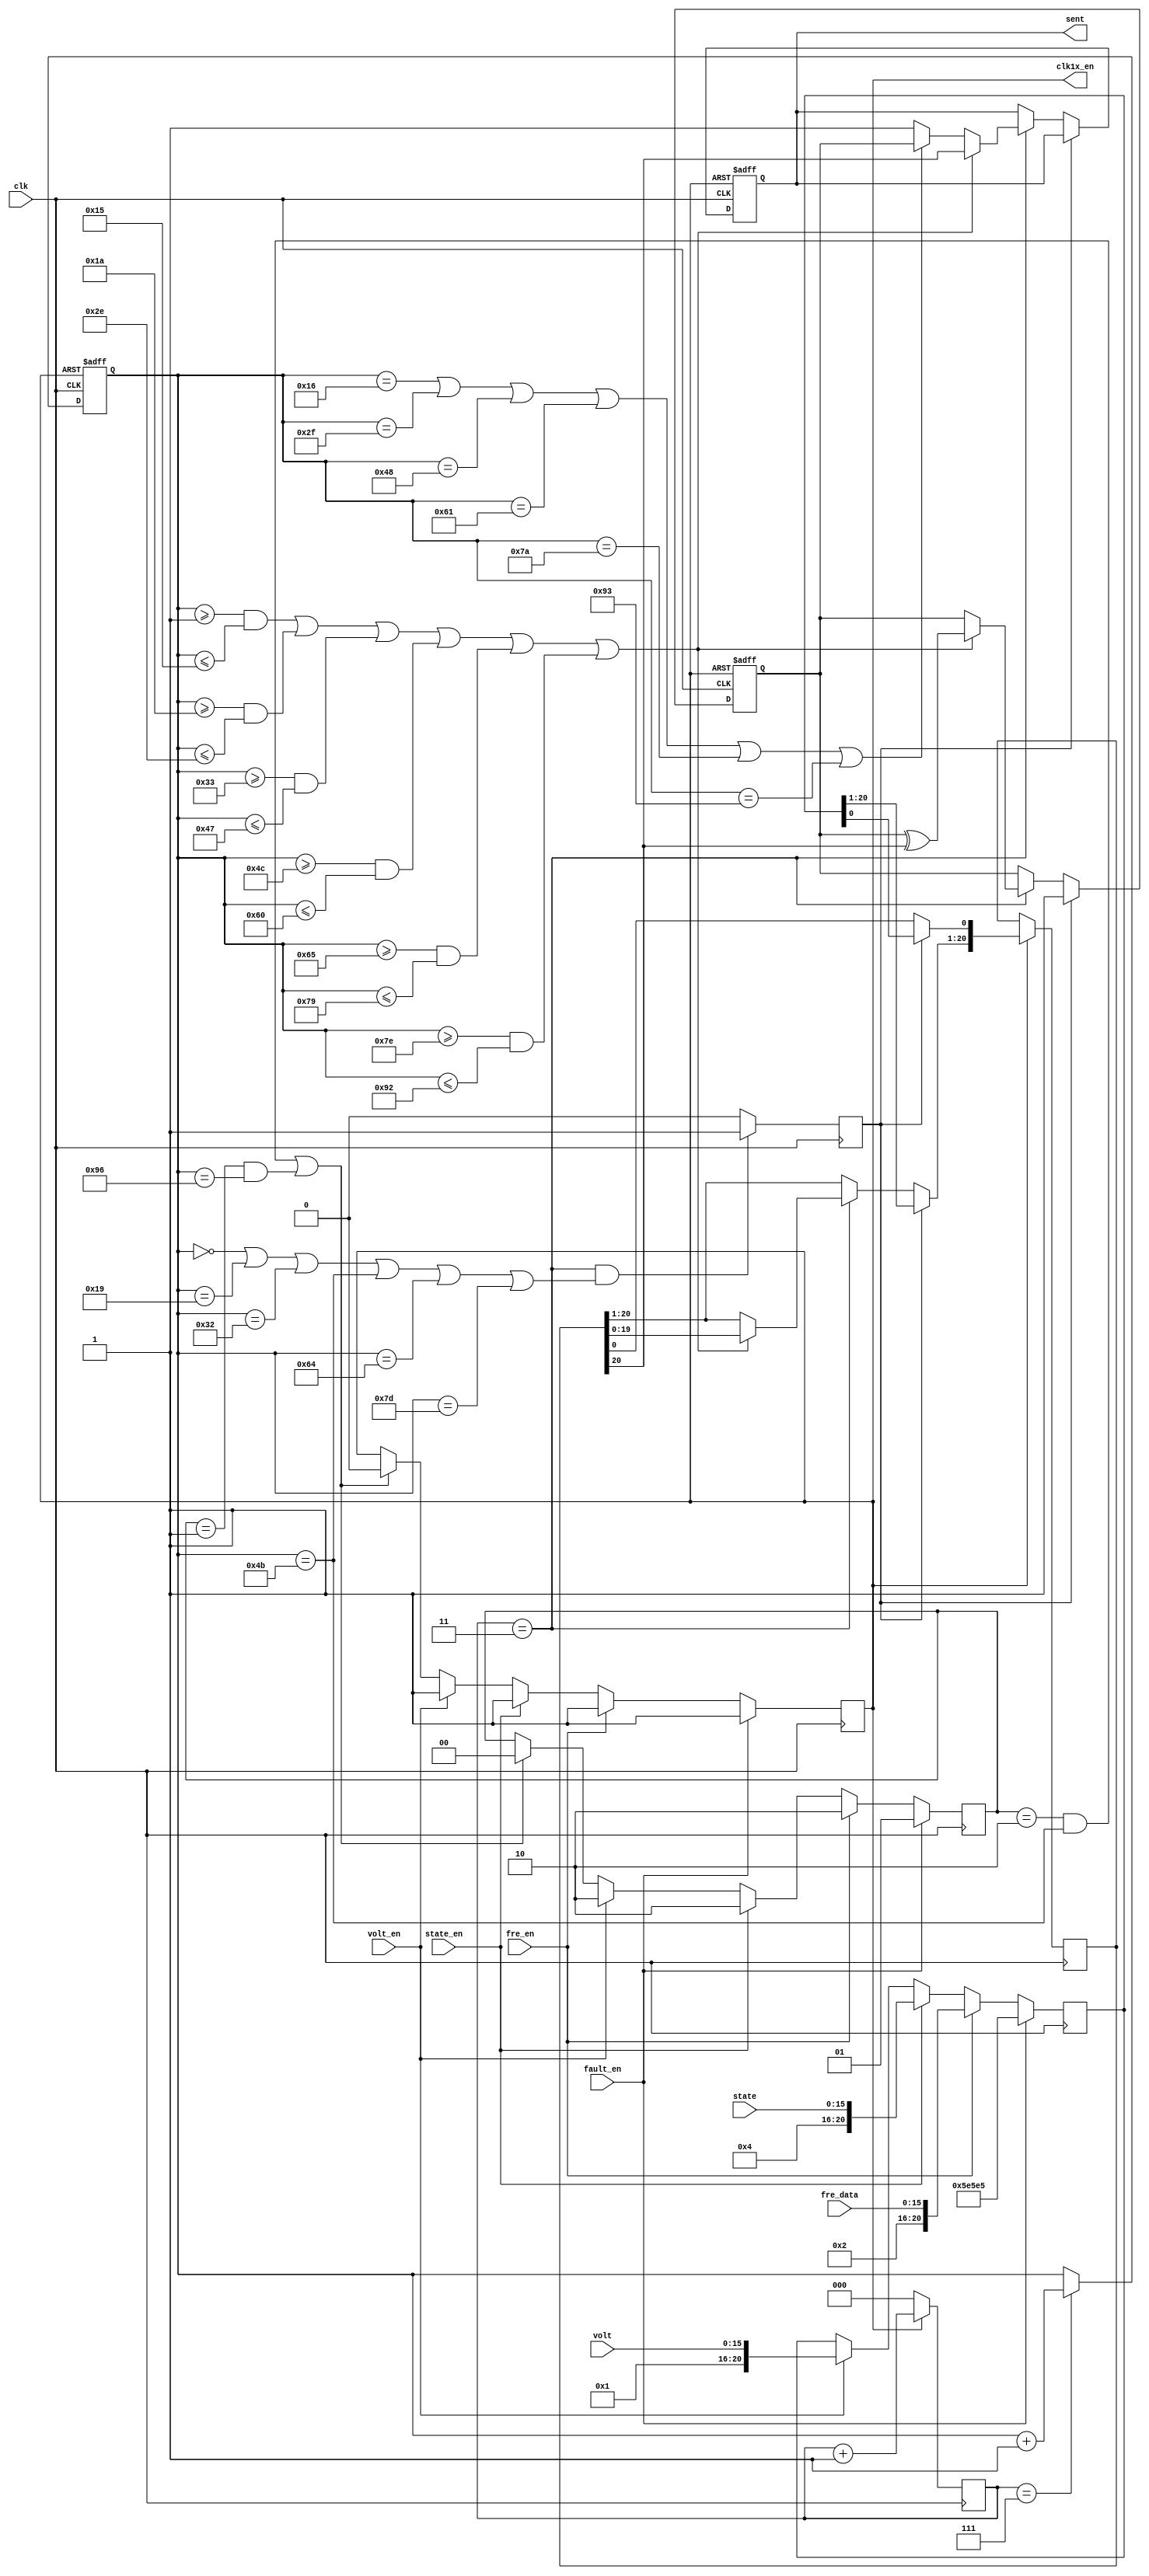
/*====================================================================
rcvr.v

2009-08-12  1.0

====================================================================*/
module send(clk, fault_en, fre_en, volt_en, state_en,
			fre_data, volt, state, clk1x_en, sent);
    
    input	clk;
    input	fault_en, fre_en, volt_en, state_en;
    input	[15:0]fre_data, volt, state;
    
    output	clk1x_en;
    output	sent;
    
    reg		clk1x_en;
    reg		sent;
    
    reg		[7:0]no_bits_sent;
    reg		[1:0]cs;
    reg		[2:0]clk_div;
    reg		[20:0]rsr;
    reg		parity;
    reg		[20:0]tsr;
    reg		en;
    
    initial
    begin
	clk1x_en = 1'b0;
	sent = 1'b1;
	no_bits_sent = 8'b0;
	cs = 2'b0;
	clk_div = 3'b0;
	rsr = 21'b0;
	parity = 1'b1;
	tsr = 21'b0;
	en = 1'b0;
	end
    
/*------------------------------clk-----------------------------------*/
    always@(posedge clk)
    begin
    if(!clk1x_en)
        clk_div = 3'b0;
    else
        clk_div = clk_div + 1'b1;
    end
    
/*-------------------------------------------------------*/
    always@(posedge clk)
    begin
    if(fault_en)
        begin
        cs = 2'b01;
        clk1x_en = 1'b1;
        rsr <= {5'b00101, 3'b111, 5'b00101, 3'b111, 5'b00101};
        end
    else if(fre_en)
		begin
		cs <= 2'b10;
		clk1x_en <= 1'b1;
		rsr <= {5'b00010, fre_data};
		end
    else if(state_en)
        begin
        cs <= 2'b10;
        clk1x_en <= 1'b1;
        rsr <= {5'b00100, state};
        end
    else if(volt_en)
        begin
        cs <= 2'b10;
        clk1x_en <= 1'b1;
        rsr <= {5'b00001, volt};
        end
    else if((cs == 2'b10 && no_bits_sent == 8'd75)||(cs == 2'b01 && no_bits_sent == 8'd150))
        begin
        cs <= 2'b0;
        clk1x_en <= 1'b0;
        end
    end

    always@(posedge clk)
    begin
    if(clk_div == 3'b011 && (no_bits_sent == 8'b0 || no_bits_sent == 8'd25 ||
		no_bits_sent == 8'd50 || no_bits_sent == 8'd75 || no_bits_sent == 8'd100 ||
		no_bits_sent == 8'd125))
        en <= 1'b1;
    else
        en <= 1'b0;
    end
/*------------------------------------------------*/
    always@(posedge clk or negedge clk1x_en)
    begin
    if(!clk1x_en)
        no_bits_sent <= 8'b0;
    else if(clk_div == 3'b111)
        no_bits_sent <= no_bits_sent + 1'b1;
    end
    
/*-------------------------------------------------*/
    always@(posedge clk or negedge clk1x_en)
    begin
    if(!clk1x_en)
        begin
        parity <= 1'b1;
        sent <= 1'b1;
        end
    else if(en)
        begin
        tsr <= rsr;
        parity <= 1'b1;
        end
    else if(clk_div == 3'b011)
        begin
        if((no_bits_sent >= 8'd1 && no_bits_sent <= 8'd21) ||
			(no_bits_sent >= 8'd26 && no_bits_sent <= 8'd46) ||
			(no_bits_sent >= 8'd51 && no_bits_sent <= 8'd71) ||
			(no_bits_sent >= 8'd76 && no_bits_sent <= 8'd96) ||
			(no_bits_sent >= 8'd101 && no_bits_sent <= 8'd121) ||
			(no_bits_sent >= 8'd126 && no_bits_sent <= 8'd146))
            begin
            tsr[20:1] <= tsr[19:0];
            sent <= tsr[20];
            parity <= parity^tsr[20];
            end
        else if(no_bits_sent == 8'd22 || no_bits_sent == 8'd47 ||
				no_bits_sent == 8'd72 || no_bits_sent == 8'd97 ||
				no_bits_sent == 8'd122 || no_bits_sent == 8'd147)
            sent <= parity;
        else
            sent <= 1'b1;
        end
    end
    
endmodule